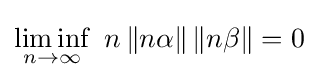
\liminf _{n\to \infty }\ n\,\Vert n\alpha \Vert \,\Vert n\beta \Vert =0